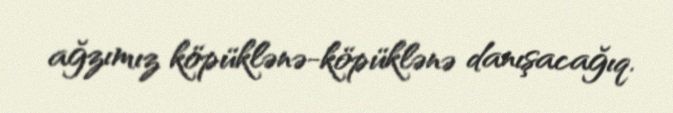
ağzımız köpüklənə-köpüklənə danışacağıq.